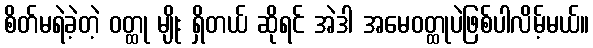
စိတ်မရဲခဲ့တဲ့ ဝတ္ထု မျိုး ရှိတယ် ဆိုရင် အဲဒါ အမေဝတ္ထုပဲဖြစ်ပါလိမ့်မယ်။